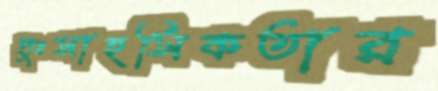
দুঃসাহসিকতার